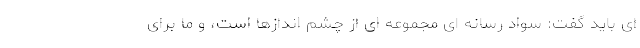
ای باید گفت: سواد رسانه ای مجموعه ای از چشم اندازها است، و ما برای